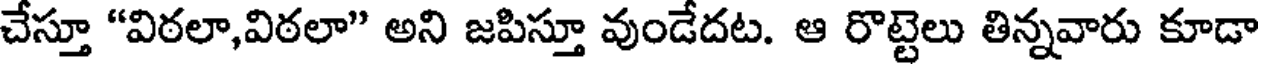
చేస్తూ "విఠలా,విఠలా" అని జపిస్తూ వుండేదట. ఆ రొట్టెలు తిన్నవారు కూడా